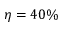
\eta = 4 0 \%